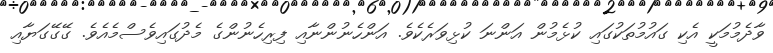
ވާދެމުމަކީ އެކި ގައުމުތަކުގައި ކުޅެމުން އަންނަ ކުޅިވަރެކެވެ. އަންހެނުންނާއި ފިރިހެނުންގެ މެދުގައިވެސްމެއެވެ. ގޭގޭގަޔާއި